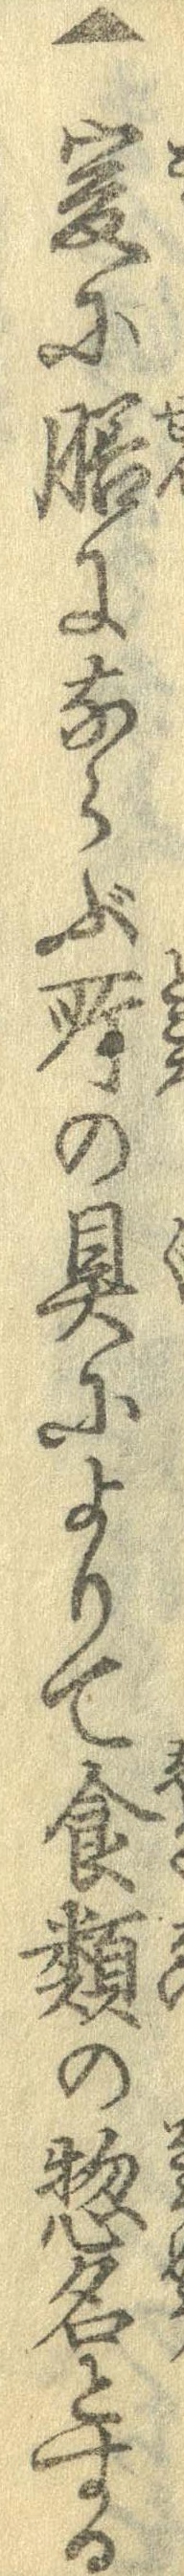
▲爰に膳にならぶ所の具によりて食類の惣名とする